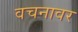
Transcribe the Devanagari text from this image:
वचनावर